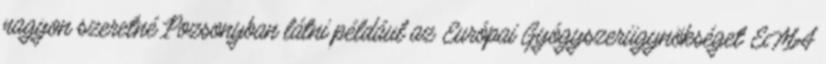
nagyon szeretné Pozsonyban látni például az Európai Gyógyszerügynökséget EMA